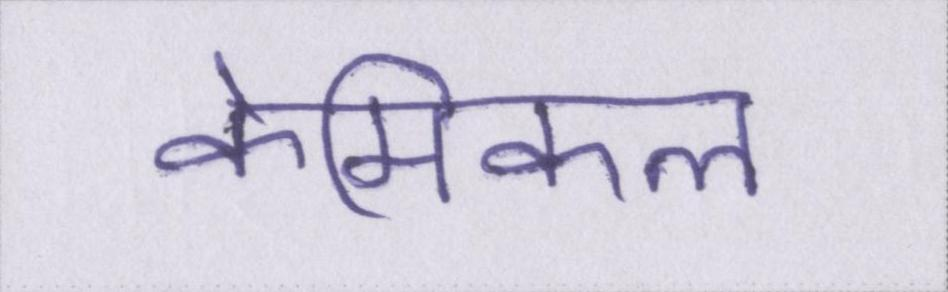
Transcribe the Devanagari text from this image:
केमिकल